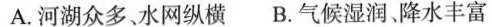
A.河湖众多、水网纵横 B.气候湿润、降水丰富